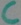
Text: C